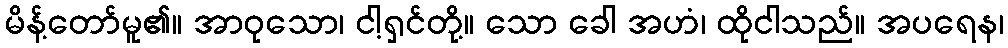
မိန့်တော်မူ၏။ အာဝုသော၊ ငါ့ရှင်တို့။ သော ခေါ အဟံ၊ ထိုငါသည်။ အပရေန၊